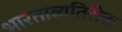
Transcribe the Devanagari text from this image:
भारताव्यतिरीक्त